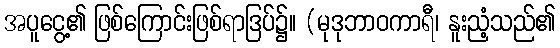
အပူငွေ့၏ ဖြစ်ကြောင်းဖြစ်ရာဒြပ်၌။ (မုဒုဘာဝကာရီ၊ နူးညံ့သည်၏